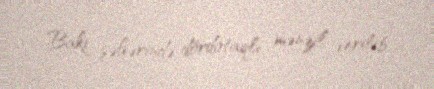
Bakı şəhərində dördotaqlı mənzil verilib.